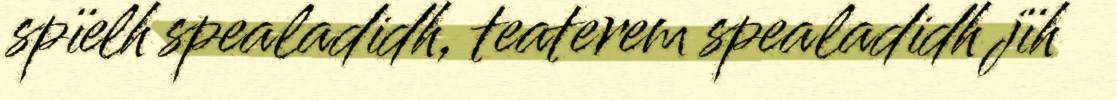
spïelh spealadidh, teaterem spealadidh jïh